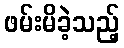
ဖမ်းမိခဲ့သည့်